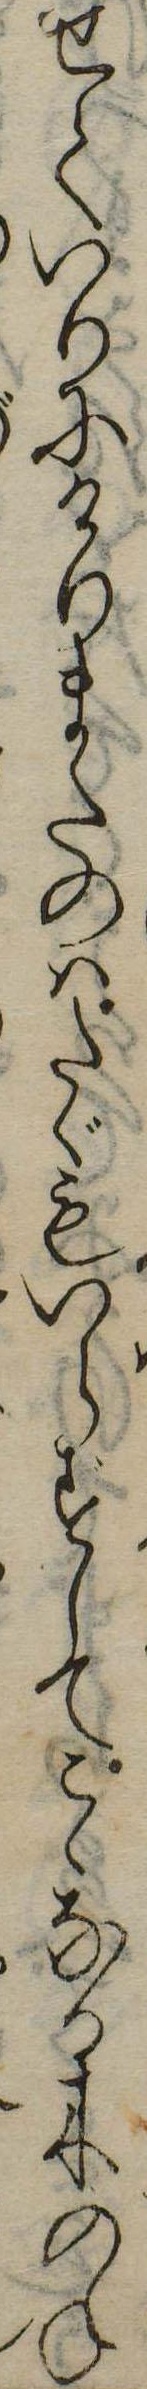
せていりにけりまたのはたゞもいらさしてこゝなる木のね